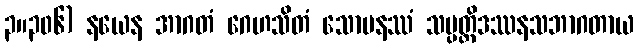
၃။၃၀၆) နယေန အာဂတံ ဂေဟသိတံ သောမနဿံ သမ္ပတ္တိဒဿနသဘာဂတာယ